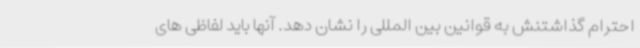
احترام گذاشتنش به قوانین بین المللی را نشان دهد. آنها باید لفاظی های